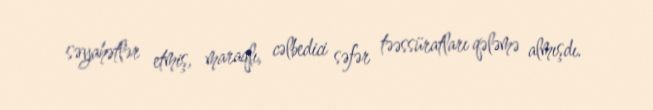
səyahətlər etmiş, maraqlı, cəlbedici səfər təəssüratları qələmə almışdı.